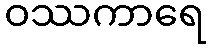
ဝဿကာရေ